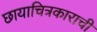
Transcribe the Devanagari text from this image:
छायाचित्रकाराची